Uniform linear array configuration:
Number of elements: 64
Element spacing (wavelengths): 0.25
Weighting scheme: hann
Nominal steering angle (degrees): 60
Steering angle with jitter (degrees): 60.132
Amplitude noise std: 0.05
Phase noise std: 0.05

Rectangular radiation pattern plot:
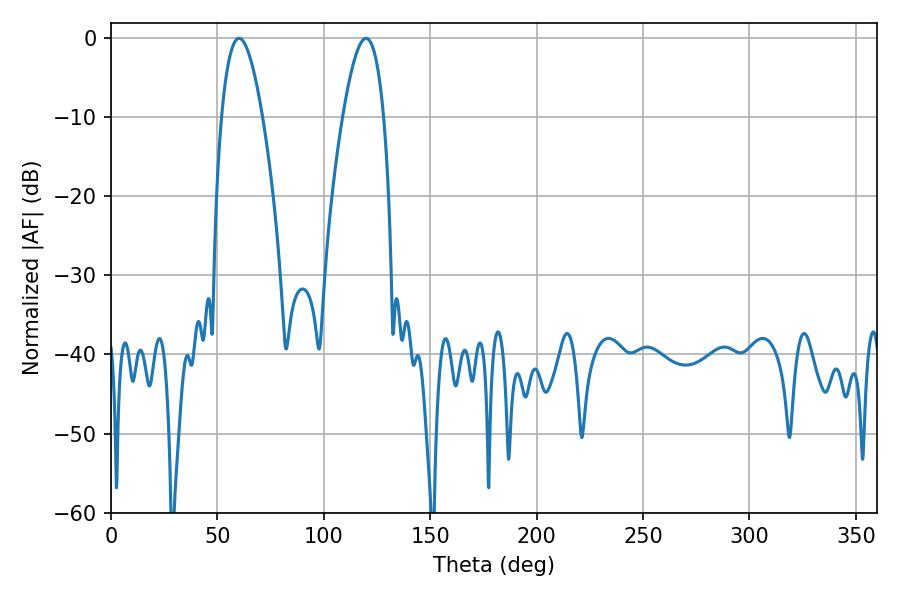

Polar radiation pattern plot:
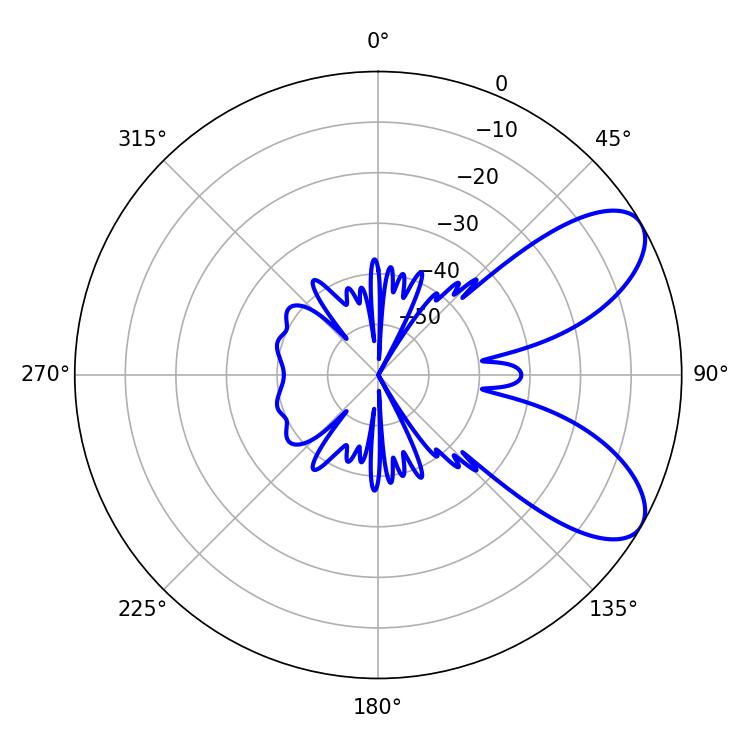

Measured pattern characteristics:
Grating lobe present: FALSE
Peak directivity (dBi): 7.634
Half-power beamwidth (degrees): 10.62
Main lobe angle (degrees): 119.88